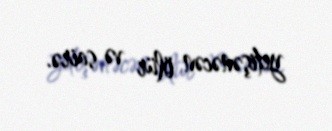
yetişənəcən ölür və sairə.